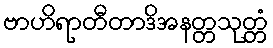
ဗာဟိရာတီတာဒိအနတ္တသုတ္တံ